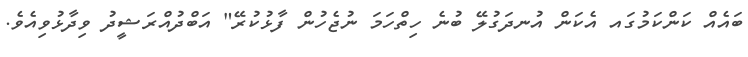
ބައެއް ކަންކަމުގައ އެކަން އުނދަގުލޭ ބުނެ ހިތްހަމަ ނުޖެހުން ފާޅުކުރޭ" އަބްދުއްރަޝީދު ވިދާޅުވިއެވެ.